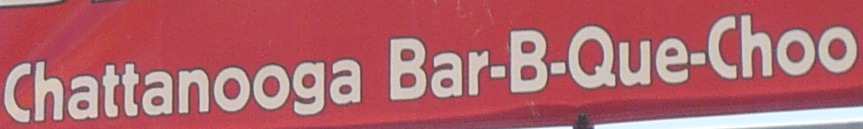
Chattanooga Bar-B-Que-Choo